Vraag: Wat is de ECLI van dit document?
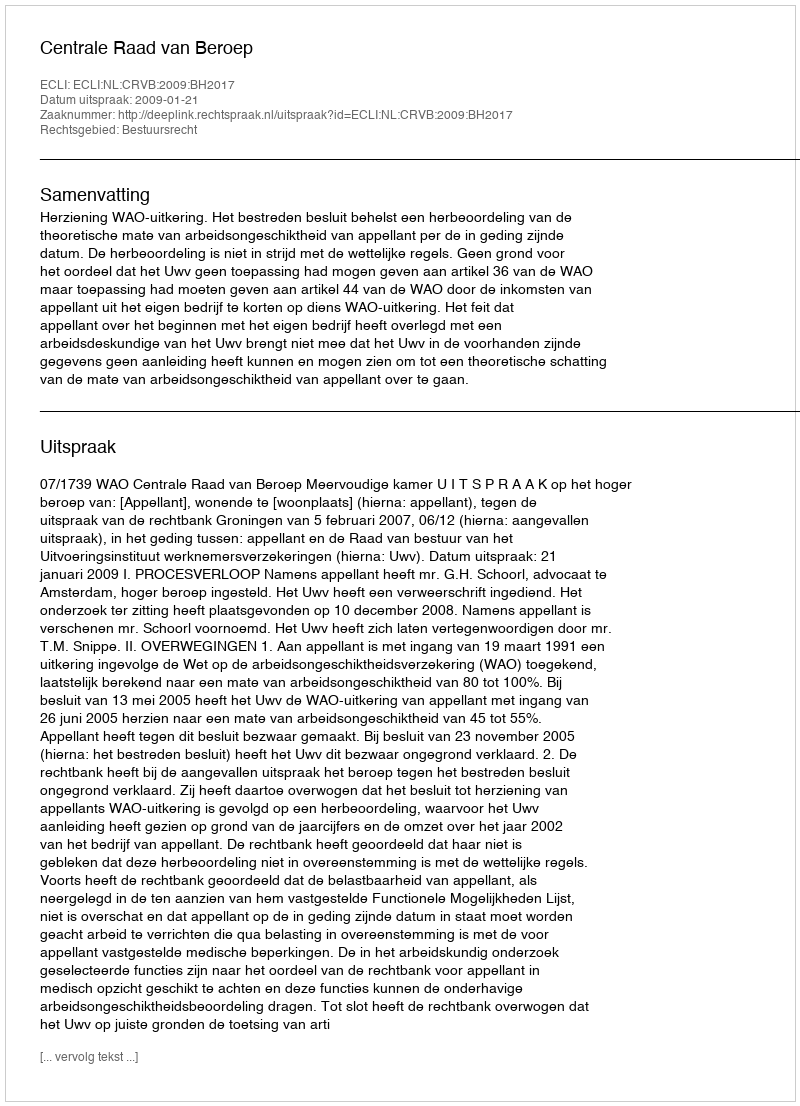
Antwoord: ECLI:NL:CRVB:2009:BH2017